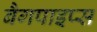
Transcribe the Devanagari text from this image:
बैगपाइप्स